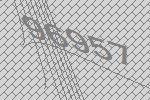
96957